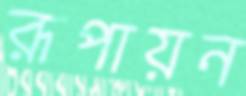
রূপায়ন